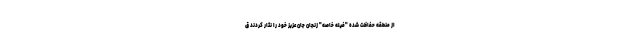
از منطقه حفاظت شده "فیله خاصه" زنجان جان عزیز خود را نثار کردند ق